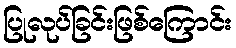
ပြုလုပ်ခြင်းဖြစ်ကြောင်း